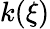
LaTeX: k(\xi)